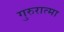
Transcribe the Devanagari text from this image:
गुरुरात्मा